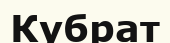
Кубрат